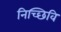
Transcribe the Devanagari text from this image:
निच्छिवि